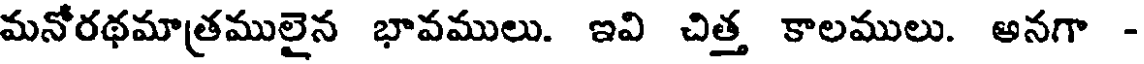
మనోరథమాత్రములైన భావములు. ఇవి చిత్త కాలములు. అనగా -